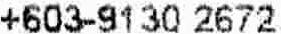
+603-9130 2672